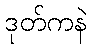
ဒုတ်ကနဲ